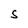
Character: S